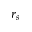
r _ { s }